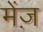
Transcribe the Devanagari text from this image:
मेंज़